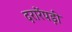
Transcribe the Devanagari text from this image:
दरारेंपड़ीं